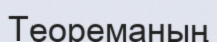
Теореманың